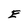
Character: E